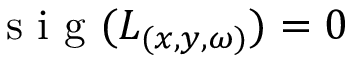
\textrm { s i g } ( { L } _ { ( x , y , \omega ) } ) = 0